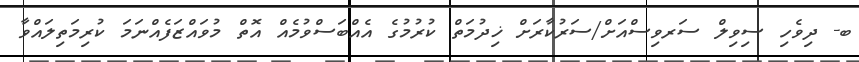
ބ- ދިވެހި ސިވިލް ސަރވިސްއަށް/ސަރުކާރަށް ޚިދުމަތް ކުރުމުގެ އެއްބަސްވުމެއް އޮތް މުވައްޒަފެއްނަމަ ކުރިމަތިލައްވާ